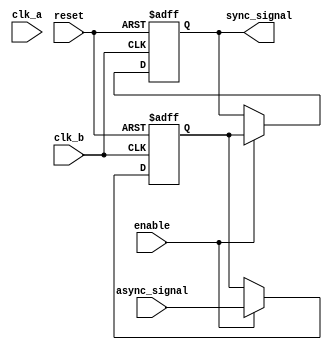
module signal_level_crossing_synchronizer (
    input wire clk_a,            // Source clock domain
    input wire clk_b,            // Destination clock domain
    input wire async_signal,      // Input signal from clk_a domain
    input wire reset,            // Optional reset signal
    input wire enable,           // Optional enable signal
    output reg sync_signal       // Synchronized output signal in clk_b domain
);

    // Internal signals for synchronization
    reg async_signal_d1;         // First stage DFF output

    // Synchronization Logic
    always @(posedge clk_b or posedge reset) begin
        if (reset) begin
            async_signal_d1 <= 1'b0; // Reset state
            sync_signal <= 1'b0;      // Reset state
        end else if (enable) begin
            async_signal_d1 <= async_signal; // Sample async_signal
            sync_signal <= async_signal_d1;   // Second stage DFF
        end
    end

endmodule